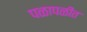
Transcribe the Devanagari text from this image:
पळापळीत